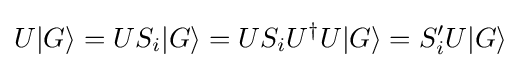
U|G\rangle =US_{i}|G\rangle =US_{i}U^{\dagger }U|G\rangle =S'_{i}U|G\rangle